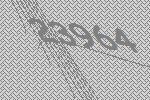
23964